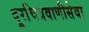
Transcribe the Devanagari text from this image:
दूरचित्रवाणीसेवा